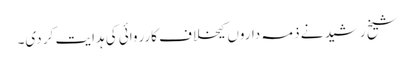
شیخ رشید نے ذمہ داروں کیخلاف کارروائی کی ہدایت کر دی۔